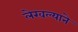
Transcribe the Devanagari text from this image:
लेखल्याने